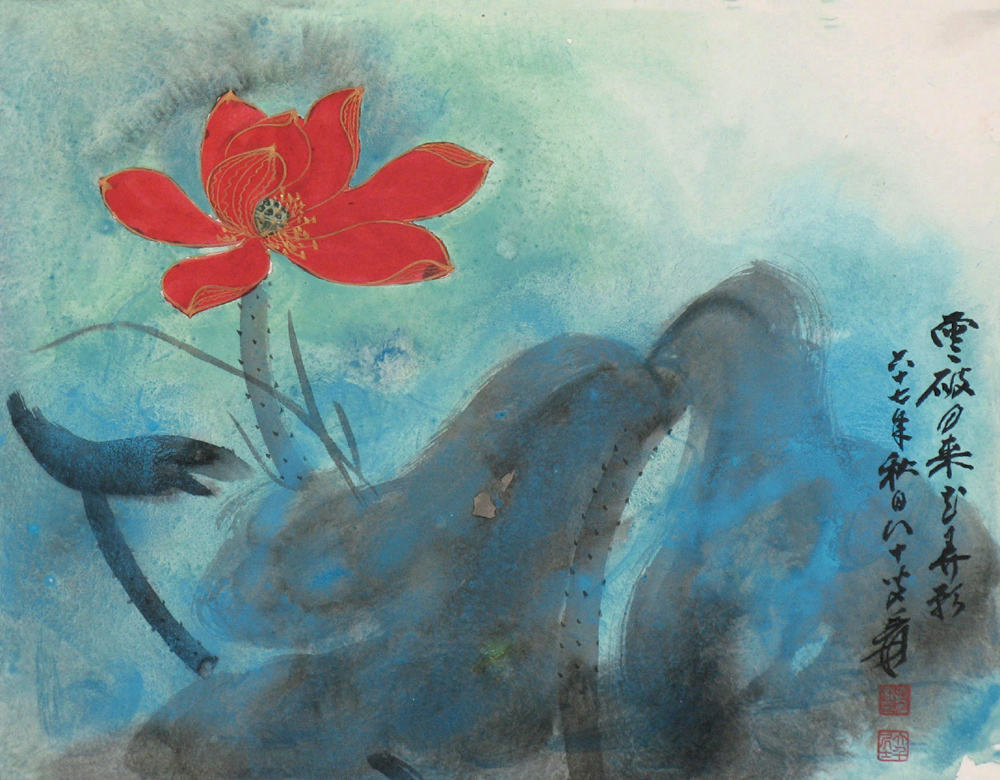
黄鹤一去不复返，白云千载空悠悠。